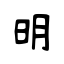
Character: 明